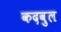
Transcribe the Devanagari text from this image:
कदवुल